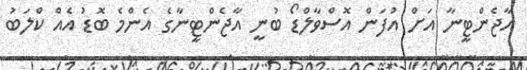
އާޖެންޓީނާ އަށް އުފަން އޮސްވާލްޑޯ ބުނީ އާޖެންޓީނާގެ އެންމެ ބޮޑު އެއް ކްލަބު